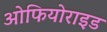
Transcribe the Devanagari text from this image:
ओफियोराइड